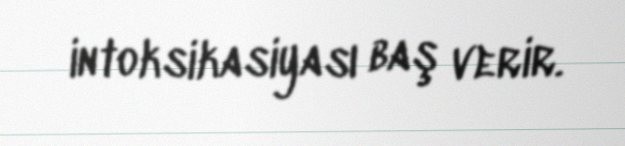
intoksikasiyası baş verir.